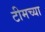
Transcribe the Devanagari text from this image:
टीमच्या